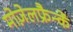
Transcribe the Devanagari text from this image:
मोज़ेलफ्रैन्कें